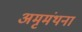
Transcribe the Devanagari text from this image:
अमृमंथना